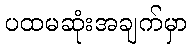
ပထမဆုံးအချက်မှာ